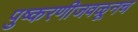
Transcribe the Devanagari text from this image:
पुष्करणीजवळूनच